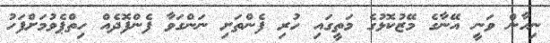
ނިހާން ވަނީ އޭނާގެ މޭޒުކޮޅުގެ މަތީގައި ހުރި ފެންތަށި ނަންގަވާ ފެންފޮދެއް ހިތްޕެވުމަށްފަހު